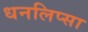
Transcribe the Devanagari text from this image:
धनलिप्सा